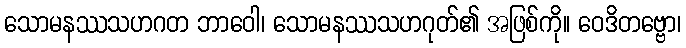
သောမနဿသဟဂတ ဘာဝေါ၊ သောမနဿသဟဂုတ်၏ အဖြစ်ကို။ ဝေဒိတဗ္ဗော၊